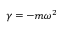
\gamma = - m \omega ^ { 2 }